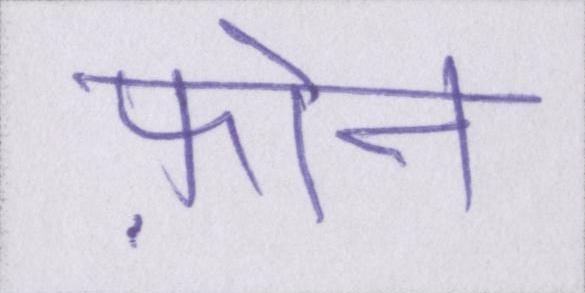
फ़ोन